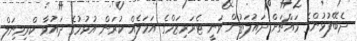
ދެބޭފުޅުންގެ މައްޗަށް ދައުލަތުން ވަނީ ޓެރަރިޒަމްގެ އަމަލެއް ކުރަން އުޅުމުގެ ދައުވާ ކްރިމިނަލް